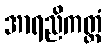
အာရညိကတ္တံ